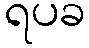
ရပခ